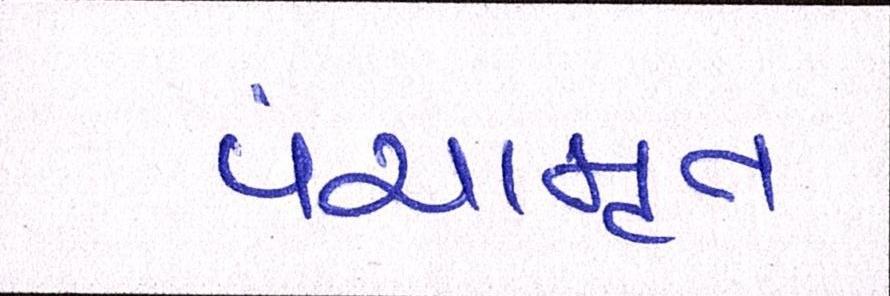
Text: પંચામૃત